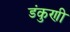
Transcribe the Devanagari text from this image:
डंकुणी